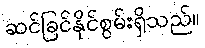
ဆင်ခြင်နိုင်စွမ်းရှိသည်။